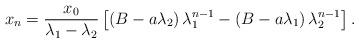
LaTeX: \begin{align*}x_n=\frac{x_0}{\lambda_1-\lambda_2}\left[\left(B-a\lambda_2\right)\lambda_1^{n-1}-\left(B-a\lambda_1\right)\lambda_2^{n-1}\right].\end{align*}